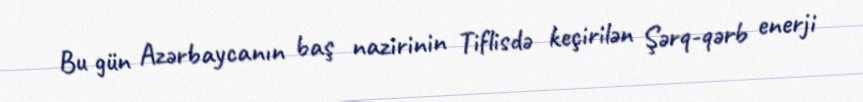
Bu gün Azərbaycanın baş nazirinin Tiflisdə keçirilən Şərq-qərb enerji